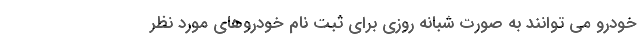
خودرو مي توانند به صورت شبانه روزي براي ثبت نام خودروهاي مورد نظر